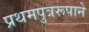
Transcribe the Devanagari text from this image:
प्रथमपुत्ररूपाने